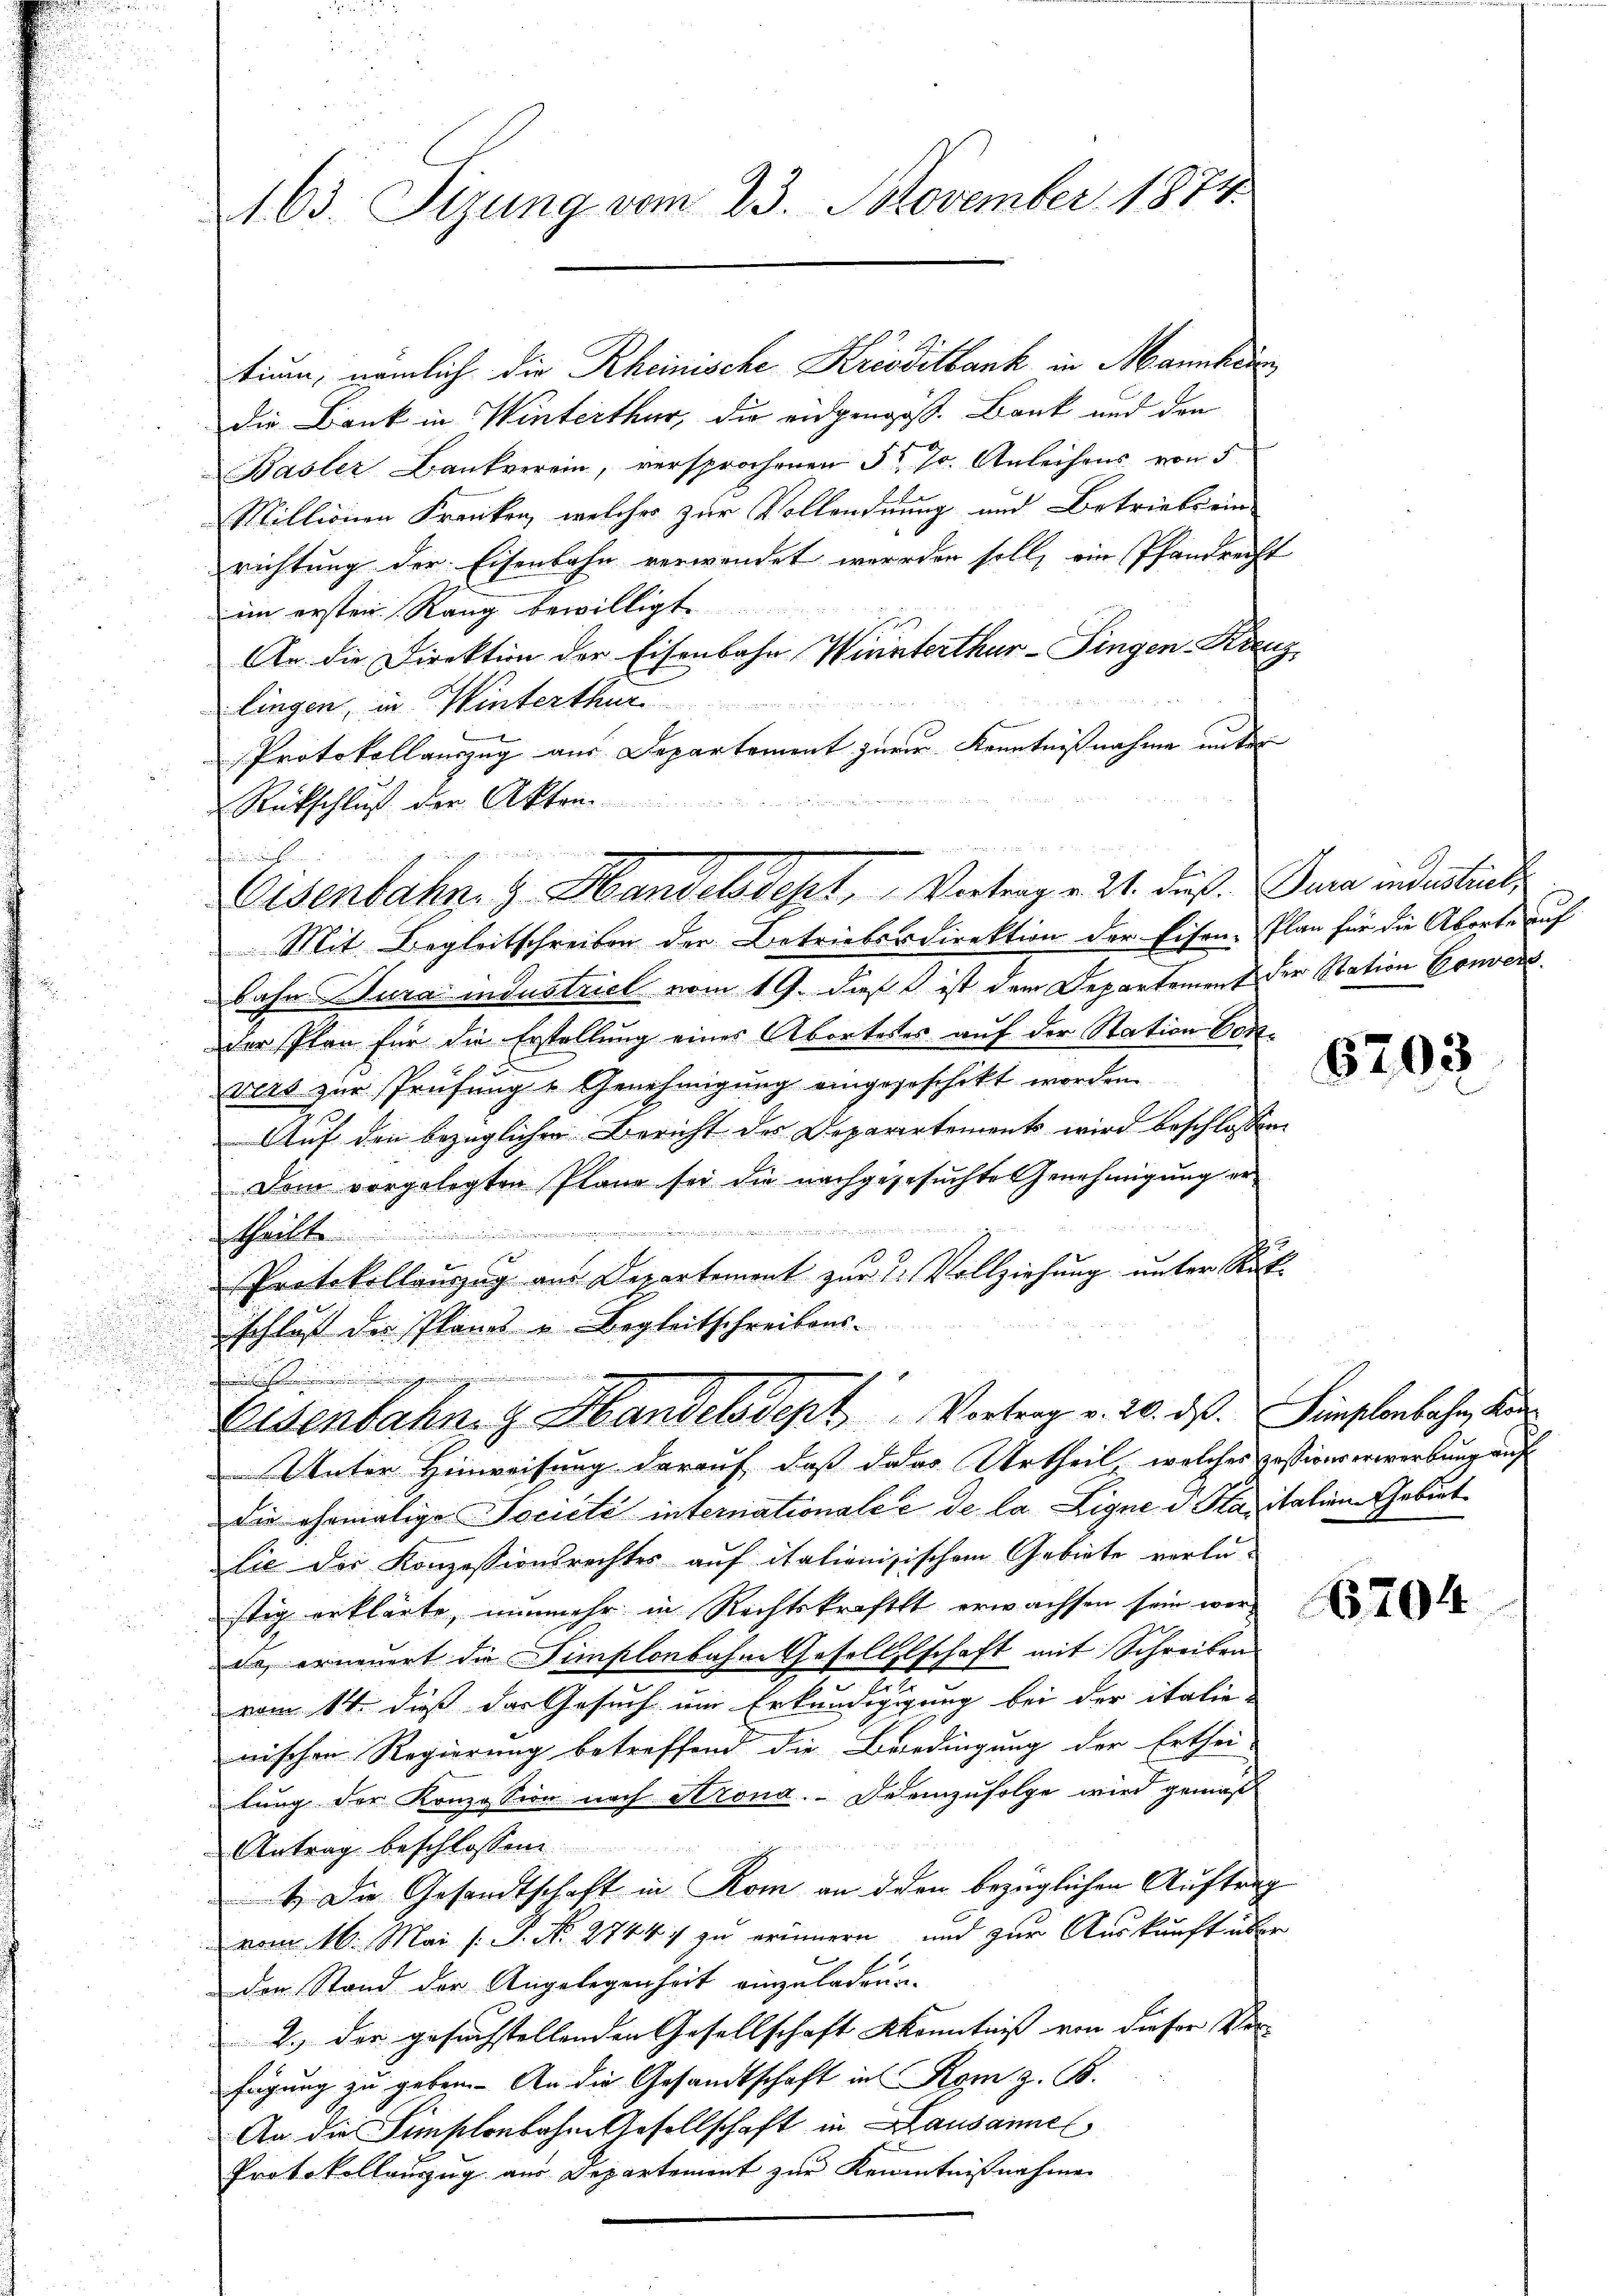
.

tium, nämlich die Rheinische Krisdilbank in Mannhei
die Bank in Winterthur, die eidgengoß. Bank und den
Basler Bankverein, versprochenen § 70. Anleihens von 5
Millionen Kranken, welches zur Vollendnung und Betriebs ein
richtung der Eisenbahn verwendet werden soll, ein Pfandrecht
im ersten Rang bewilligt.
An die Direktion der Eisenbahn Winterthur–Singen Kreuz,
lingen, in Winterthur
Protokollauszug aus Departement zur Kenntnißnahme unter
Rückschluß der Akten.
d
Osenbahn. G. Handelsdept, " Vertrag v. 21. Fuß. Jura andestrat
Mit Begleitschreiben der Betrieberdirektion der Eisen. Plan für die Aborte auf
bahn dura industriel vom 19. dieß ist dem Departement der Station Gouvers
Der Plan für die Erstellung eines Aborteses auf der Station Convirs zur Prüfung & Genehmigung eingegeschikt worden.
Auf den bezüglichen Bericht des Deparirtements wird beschlossen
Dem vorgelegten Plane sei die nachgegesuchte Genehmigung er-
hail
Protokollauszug aus Departement zur 2 Vollziehung unter Rück-
schluß der Planes u. Begleitschreibens-

.
Eisenbahn- & Handelsdept Vortrag v. 20. ds. Simplenbahn, Kan¬
Unter Hinweisung darauf, daß dass Urtheil, welches zessionserwerbung auf
die ehemalige Société internationale e de la Ligne d. Sanitation Gebiet
lie der Konzessionsrechtes auf italienisischem Gebiete verlastig erklärte, nunmehr in Rechtskraftet erwachsen sein werde, erneuert die Simplonbahne Gesellschaft mit Schreiben
vom 14. dieß das Gesuch um Erkundigung bei der italie-
nischen Regierung betreffend die Bedingung der Erthei-
lung der Konzesion nach Krona. - Der einzufolge wird gemäß
Antrag beschlossen
4.) Die Gesandtschaft in Kom an den bezüglichen Auftrag
vom 16. Mai /: P. No. 2744) zu erinnern, und zur Auskunft über
den Stand der Angelegenheit einzuladen.
2.) Der gesuchstellenden Gesellschaft Kenntniß von dieser Ver-
fügung zu geben. An die Gesandtschaft in Rom z. B.
An die Simplonbahne Gesellschaft in Lausanne
Protokollauszug aus Departement zur Kenntnißnahme

163. Sizung vom 23. November 1874.

6203

16704